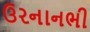
ઉરનાનભી